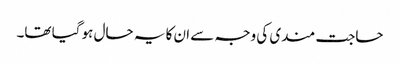
حاجت مندی کی وجہ سے ان کا یہ حال ہو گیا تھا۔